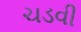
ચડવી